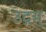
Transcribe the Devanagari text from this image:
उद्गम्